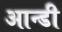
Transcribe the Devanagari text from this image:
आन्डी